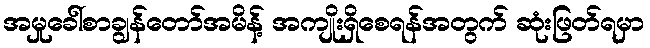
အမှုခေါ်စာချွန်တော်အမိန့် အကျိုးရှိစေရန်အတွက် ဆုံးဖြတ်ရမှာ